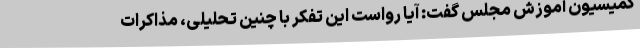
کمیسیون آموزش مجلس گفت: آیا رواست این تفکر با چنین تحلیلی، مذاکرات